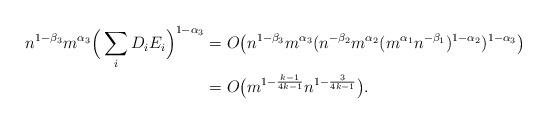
LaTeX: \begin{align*} n^{1-\beta_{3}} m^{\alpha_{3}}\Big( \sum_{i} D_{i}E_{i}\Big)^{1-\alpha_{3}} & = O\big( n^{1-\beta_{3}} m^{\alpha_{3}} ({n^{-\beta_2}} m^{\alpha_2}(m^{\alpha_1} n^{-\beta_1})^{1-\alpha_2})^{1-\alpha_{3}}\big) \\& =O\big( m^{1 - \frac{k-1}{4 k -1}} n^{1 - \frac{3}{4 k-1}} \big). \end{align*}